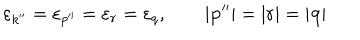
\varepsilon _ { k ^ { \prime \prime } } = \varepsilon _ { p ^ { \prime \prime } } = \varepsilon _ { r } = \varepsilon _ { q } , \qquad \left| { \bf p } ^ { \prime \prime } \right| = \left| { \bf r } \right| = \left| { \bf q } \right|